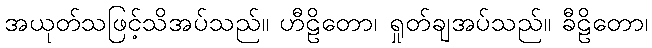
အယုတ်သဖြင့်သိအပ်သည်။ ဟီဠိတော၊ ရှုတ်ချအပ်သည်။ ခီဠိတော၊